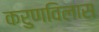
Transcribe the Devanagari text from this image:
करुणविलास